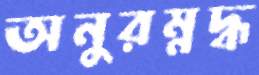
অনুরম্নদ্ধ